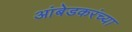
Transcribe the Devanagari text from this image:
आंबेडकरंच्या